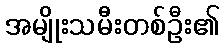
အမျိုးသမီးတစ်ဦး၏